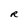
Character: R